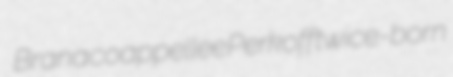
Brana coappellee Perkoff twice-born